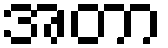
အတာ